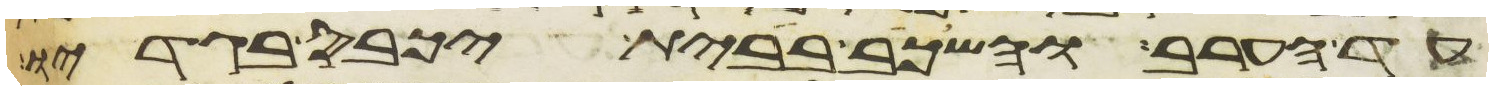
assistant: עד הערב והשכב בבית יכבס בגדיו